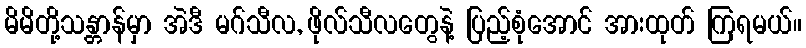
မိမိတို့သန္တာန်မှာ အဲဒီ မဂ်သီလ, ဖိုလ်သီလတွေနဲ့ ပြည့်စုံအောင် အားထုတ် ကြရမယ်။